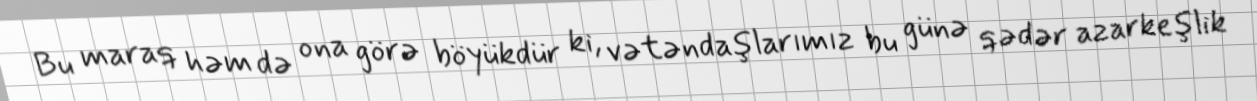
Bu maraq həm də ona görə böyükdür ki, vətəndaşlarımız bu günə qədər azarkeşlik